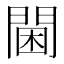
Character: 閫